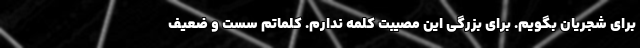
برای شجریان بگویم. برای بزرگی این مصیبت کلمه ندارم. کلماتم سست و ضعیف